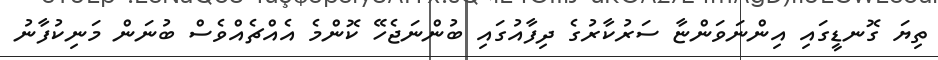
ތިޔަ ގޮނޑީގައި އިންނަވަންޏާ ސަރުކާރުގެ ދިފާއުގައި ބުންނަޖެހޭ ކޮންމެ އެއްޗެއްވެސް ބުނަން މަނިކުފާނު